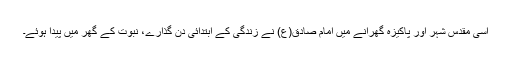
اسی مقدس شہر اور پاکیزہ گھرانے میں امام صادق(ع) نے زندگی کے ابتدائی دن گذارے، نبوت کے گھر میں پیدا ہوئے۔